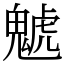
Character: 䰧